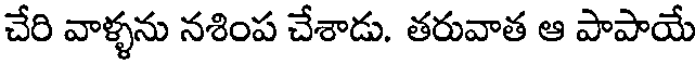
చేరి వాళ్ళను నశింప చేశాడు. తరువాత ఆ పాపాయే